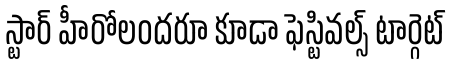
స్టార్ హీరోలందరూ కూడా ఫెస్టివల్స్ టార్గెట్